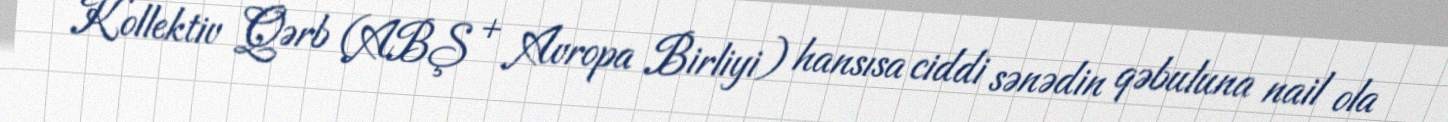
Kollektiv Qərb (ABŞ + Avropa Birliyi) hansısa ciddi sənədin qəbuluna nail ola